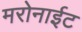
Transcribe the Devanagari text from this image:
मरोनाईट